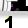
Digit: 1